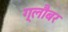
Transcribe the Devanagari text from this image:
ग्लौबर